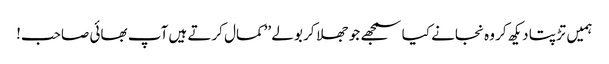
ہمیں تڑپتا دیکھ کر وہ نجانے کیا سمجھے جو جھلا کر بولے ’’کمال کرتے ہیں آپ بھائی صاحب!